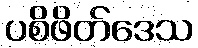
ပစိဖိတ်ဒေသ